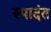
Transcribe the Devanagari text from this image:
स्पादंत